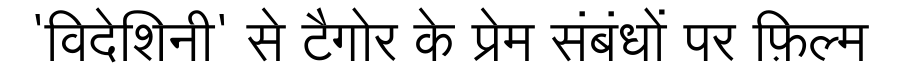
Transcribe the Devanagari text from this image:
'विदेशिनी' से टैगोर के प्रेम संबंधों पर फ़िल्म